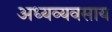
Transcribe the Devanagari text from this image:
अध्यव्यवसाय